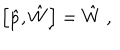
\left[ \hat { p } , \hat { W } \right] = \hat { W } \ ,